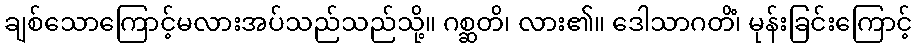
ချစ်သောကြောင့်မလားအပ်သည်သည်သို့။ ဂစ္ဆတိ၊ လား၏။ ဒေါသာဂတိံ၊ မုန်းခြင်းကြောင့်